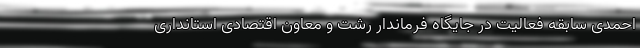
احمدی سابقه فعالیت در جایگاه فرماندار رشت و معاون اقتصادی استانداری